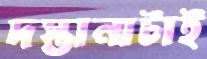
দস্তানাটাই